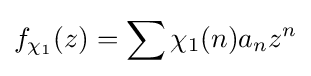
f_{\chi _{1}}(z)=\sum \chi _{1}(n)a_{n}z^{n}